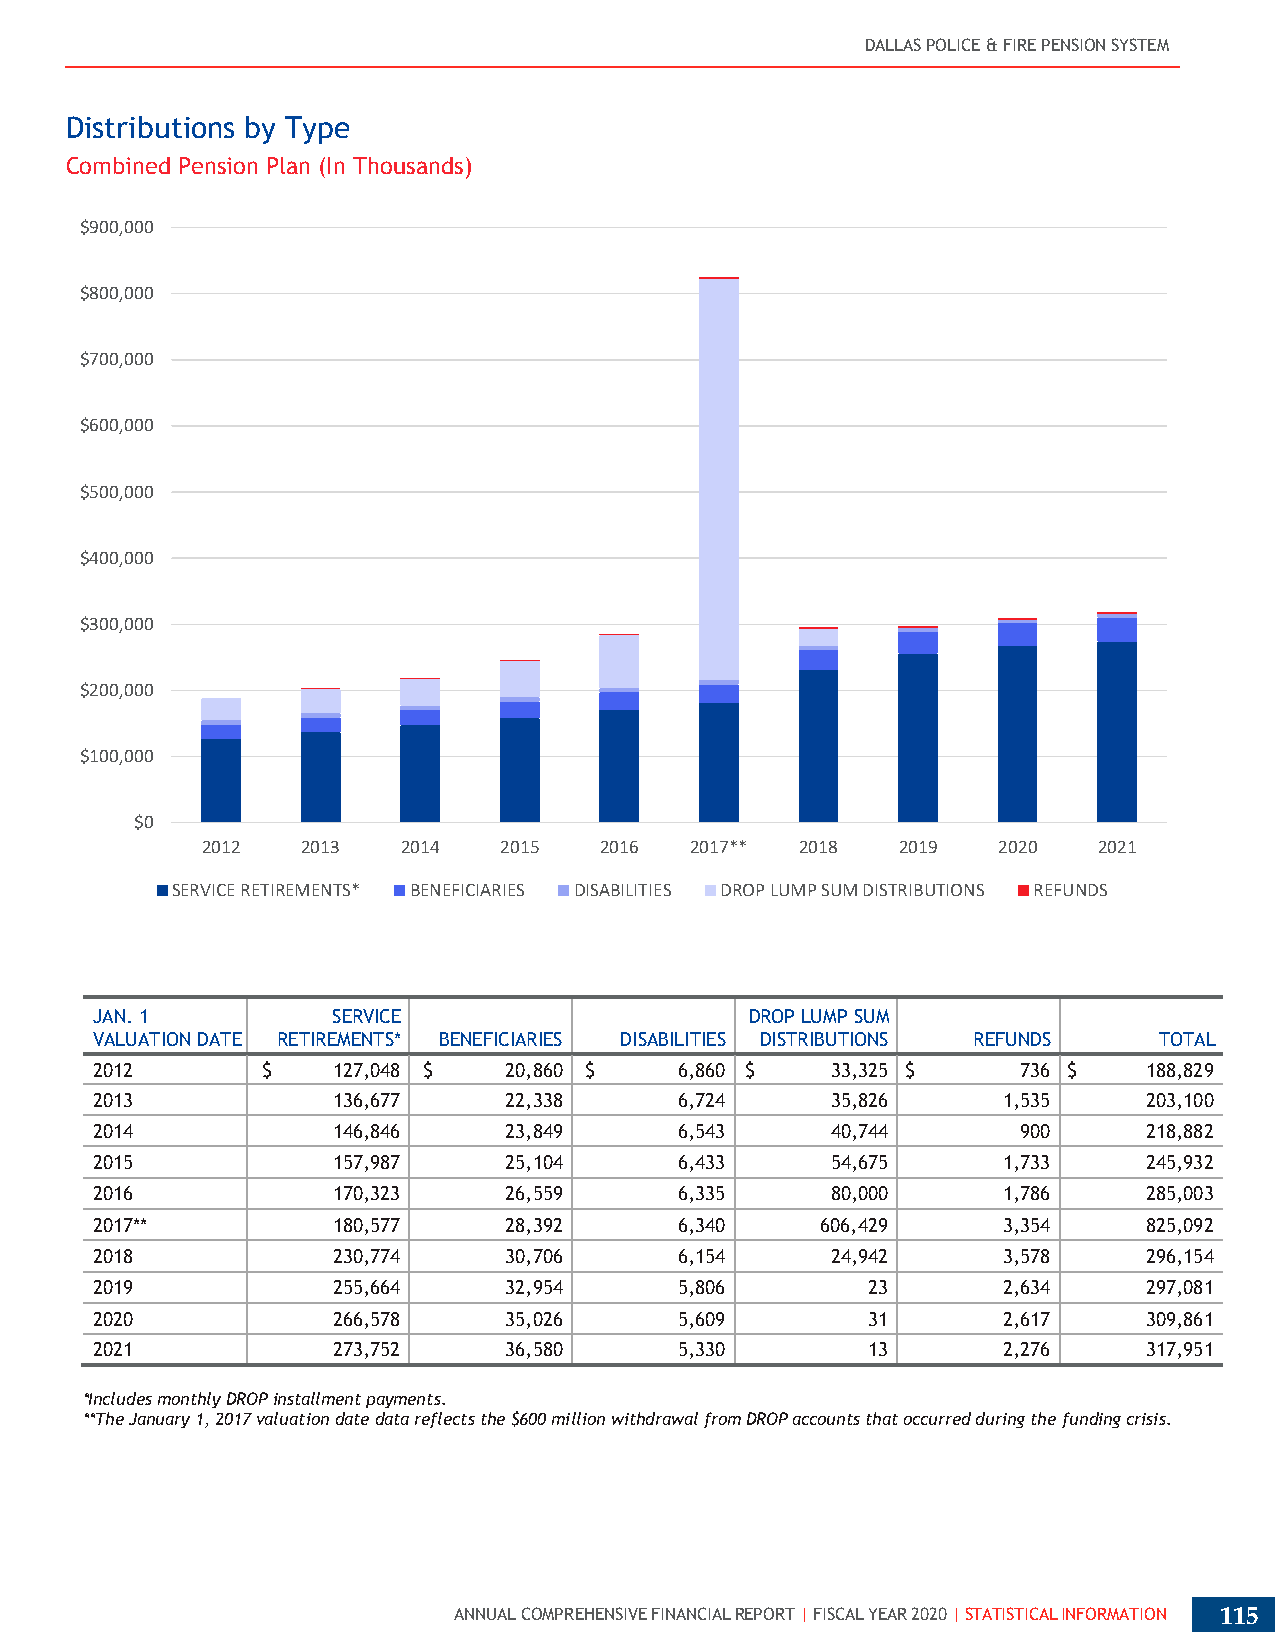
DALLAS POLICE & FIRE PENSION SYSTEM
 Distributions by Type
 Combined Pension Plan (In Thousands)
 $900,000
 $800,000
 $700,000
 $600,000
 $500,000
 $400,000
 $300,000
 $200,000
 $100,000
 $0
 2012   2013   2014  2015   2016  2017** 2018  2019   2020   2021
 SERVICE RETIREMENTS* BENEFICIARIES DISABILITIES DROP LUMP SUM DISTRIBUTIONS REFUNDS
 JAN. 1          SERVICE                     DROP LUMP SUM
 VALUATION DATE RETIREMENTS* BENEFICIARIES DISABILITIES DISTRIBUTIONS REFUNDS TOTAL
 2012       $    127,048 $  20,860 $    6,860 $   33,325 $     736 $   188,829
 117,350
 2013            136,677    22,338      6,724     35,826     1,535     203,100
 2014            146,846    23,849      6,543     40,744       900     218,882
 2015            157,987    25,104      6,433     54,675     1,733     245,932
 2016            170,323    26,559      6,335     80,000     1,786     285,003
 2017**          180,577    28,392      6,340    606,429     3,354     825,092
 2018            230,774    30,706      6,154     24,942     3,578     296,154
 2019            255,664    32,954      5,806       23       2,634     297,081
 2020            266,578    35,026      5,609       31       2,617     309,861
 2021            273,752    36,580      5,330       13       2,276     317,951
 *Includes monthly DROP installment payments.
 **The January 1, 2017 valuation date data reflects the $600 million withdrawal from DROP accounts that occurred during the funding crisis.
 ANNUAL COMPREHENSIVE FINANCIAL REPORT | FISCAL YEAR 2020 | STATISTICAL INFORMATION 115